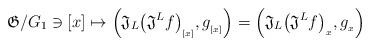
LaTeX: \begin{align*}\mathfrak{G}/G_1 \ni [x] \mapsto \Big( \mathfrak{J}_L \big( \mathfrak{J}^L f \big)_{{}_{[x]}} , g_{{}_{[x]}} \Big)= \Big( \mathfrak{J}_L \big( \mathfrak{J}^L f \big)_{{}_x} , g_{{}_x} \Big)\end{align*}